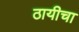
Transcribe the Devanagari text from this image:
ठायीचा